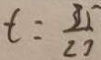
t = \frac { 3 5 } { 2 7 }